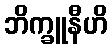
ဘိက္ခူနီဟိ